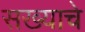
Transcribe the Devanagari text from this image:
सख्याचे